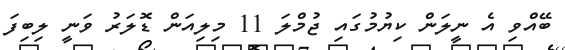
ބޭއްވި އެ ނީލަން ކިޔުމުގައި ޖުމްލަ 11 މިލިއަން ޑޮލަރު ވަނީ ލިބިފަ